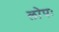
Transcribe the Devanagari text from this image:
लोपः